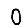
Digit: 0